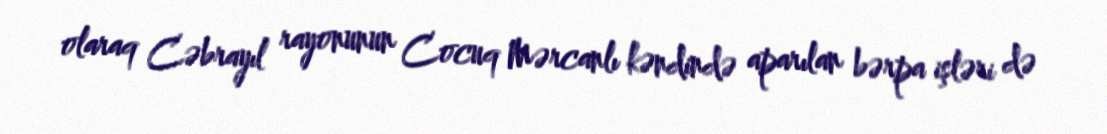
olaraq Cəbrayıl rayonunun Cocuq Mərcanlı kəndində aparılan bərpa işləri də